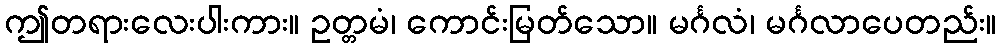
ဤတရားလေးပါးကား။ ဥတ္တမံ၊ ကောင်းမြတ်သော။ မင်္ဂလံ၊ မင်္ဂလာပေတည်း။